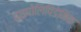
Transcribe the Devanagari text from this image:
हाइपोलिपिडेमिक